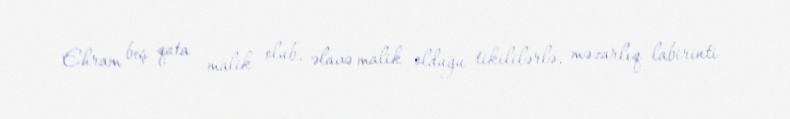
Ehram beş qata malik olub, əlavə malik olduğu tikililərlə, məzarlıq labirinti